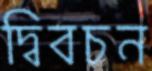
দ্বিবচন